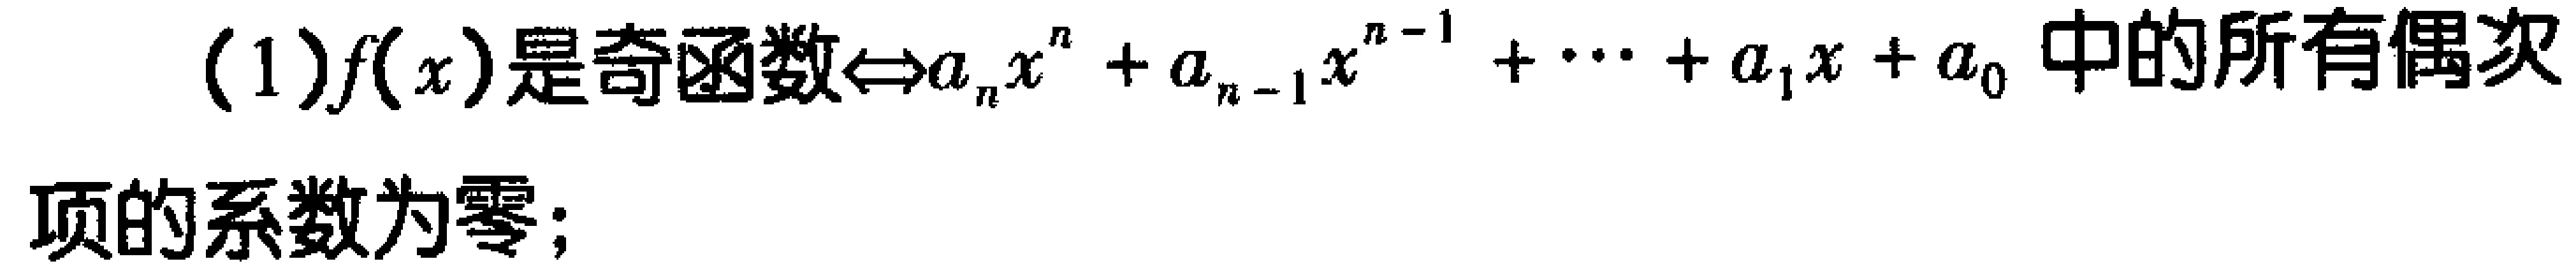
(1)$f(x)是奇函数\Leftrightarrow a_{n}x^{n}+a_{n - 1}x^{n - 1}+\cdots +a_{1}x + a_{0}中的所有偶次$

$项的系数为零;$